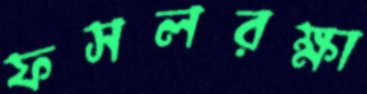
ফসলরক্ষা